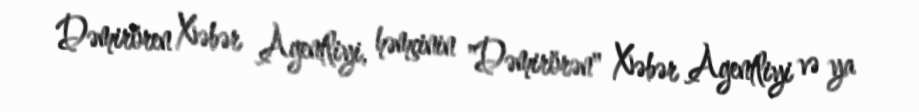
Dəmirören Xəbər Agentliyi, həmçinin "Dəmirörən" Xəbər Agentliyi və ya